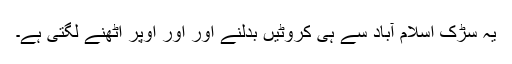
یہ سڑک اسلام آباد سے ہی کروٹیں بدلنے اور اور اوپر اٹھنے لگتی ہے۔